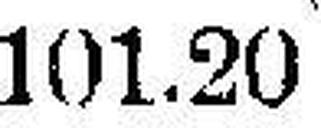
101.20